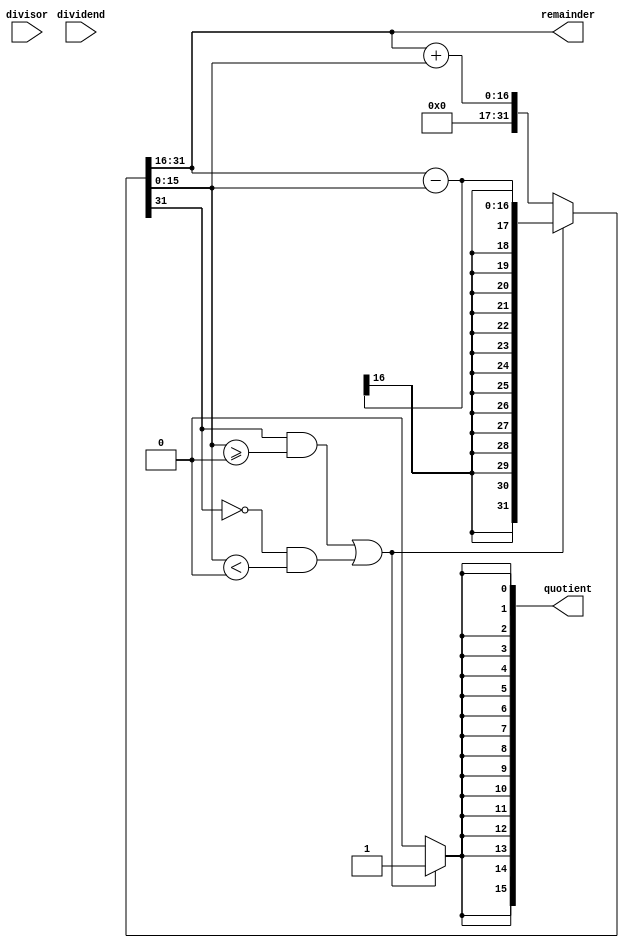
module SRT_Divider (
    input [15:0] dividend,
    input [15:0] divisor,
    output reg [15:0] quotient,
    output reg [15:0] remainder
);

reg [15:0] A, S, V;
reg [3:0] count;

always @(dividend, divisor)
begin
    A <= dividend;
    S <= divisor;
    V <= 0;
    count <= 0;
    
    repeat (4) begin
        if ((A[15] == 1 && S[15:0] >= 0) || (A[15] == 0 && S[15:0] < 0))
            begin
                {A, S} <= A - S;
                V <= V << 1;
                V[0] <= 1;
            end
        else
            begin
                {A, S} <= A + S;
                V <= V << 1;
            end
        count <= count + 1;
    end
end

assign quotient = V;
assign remainder = A;

endmodule